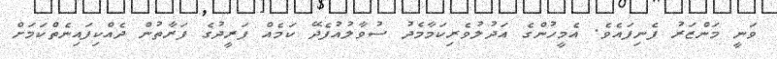
ވަނީ މަންޒަރު ފެނިފައެވެ. އެމީހުންގެ އަދުލުވެރިކަމާމެދު ސުވާލުއުފެދޭ ކަމެއް ފަރީދުގެ ފަރާތުން ދެއްކިފައިނެތްކަމަށް